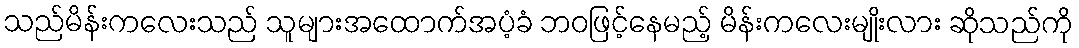
သည်မိန်းကလေးသည် သူများအထောက်အပံ့ခံ ဘဝဖြင့်နေမည့် မိန်းကလေးမျိုးလား ဆိုသည်ကို